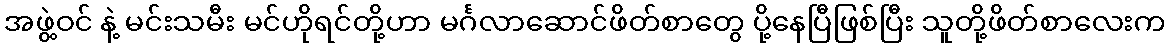
အဖွဲ့ဝင် နဲ့ မင်းသမီး မင်ဟိုရင်တို့ဟာ မင်္ဂလာဆောင်ဖိတ်စာတွေ ပို့နေပြီဖြစ်ပြီး သူတို့ဖိတ်စာလေးက